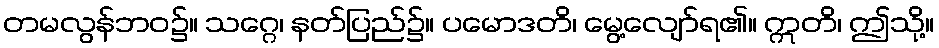
တမလွန်ဘဝ၌။ သဂ္ဂေ၊ နတ်ပြည်၌။ ပမောဒတိ၊ မွေ့လျော်ရ၏။ ဣတိ၊ ဤသို့။